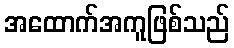
အထောက်အကူဖြစ်သည်